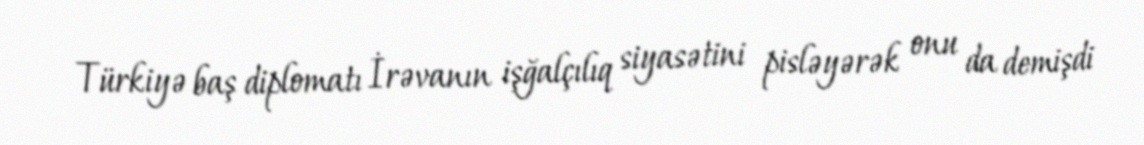
Türkiyə baş diplomatı İrəvanın işğalçılıq siyasətini pisləyərək onu da demişdi